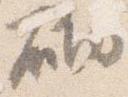
砌